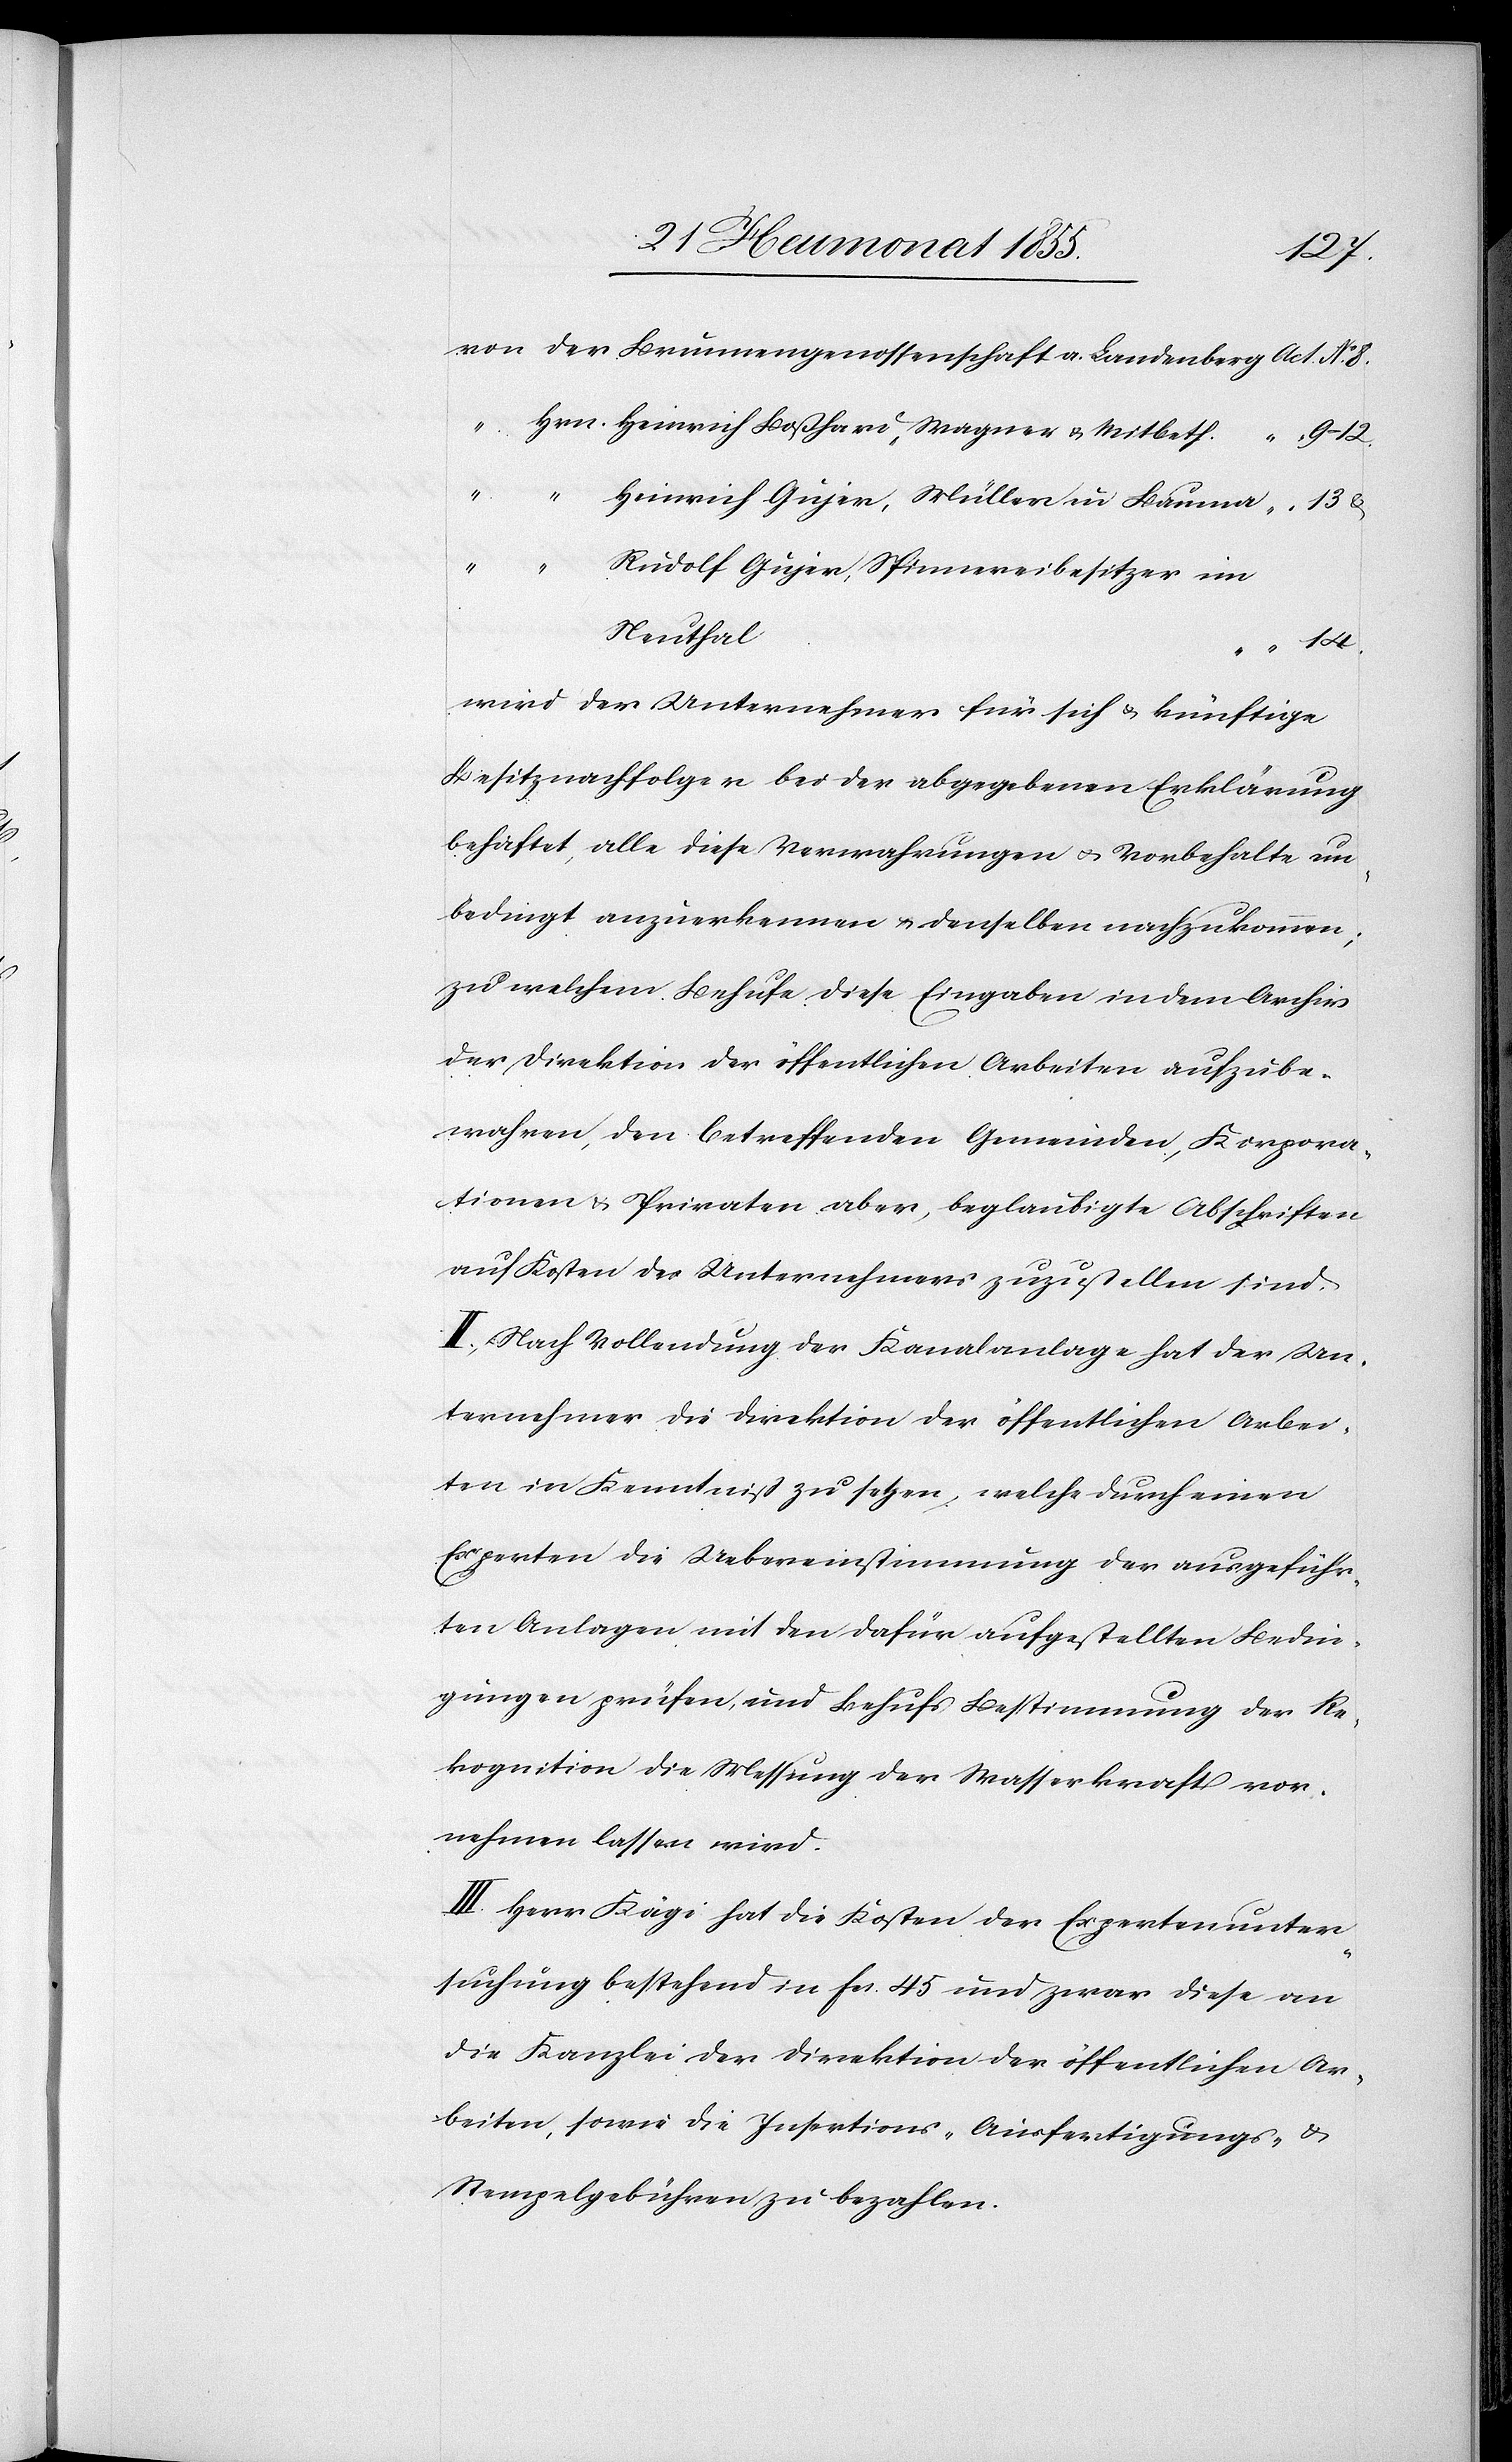
von der Brunnengenossenschaft a. Landenberg
Hrn. Heinrich Boßhard, Wagner & Mitbeth.
9–12.
“ “ Heinrich Gujer, Müller in Bauma
13 &
“ “
Rudolf Gujer, Spinnereibesitzer im
Neuthal
14.
wird der Unternehmer für sich & künftige
Besitznachfolger bei der abgegebenen Erklärung
behaftet, alle diese Verwahrungen & Vorbehalte un¬
bedingt anzuerkennen & denselben nachzukommen;
zu welchem Behufe diese Eingaben in dem Archiv
der Direktion der öffentlichen Arbeiten aufzube¬
wahren, den betreffenden Gemeinden, Korpora¬
tionen & Privaten aber, beglaubigte Abschriften
auf Kosten des Unternehmers zuzustellen sind.
II, Nach Vollendung der Kanalanlage hat der Un¬
ternehmer die Direktion der öffentlichen Arbei¬
ten in Kenntniß zu setzen, welche durch einen
Experten die Uebereinstimmung der ausgeführ¬
ten Anlagen mit den dafür aufgestellten Bedin¬
gungen prüfen, und Behufs Bestimmung der Re¬
kognition die Messung der Wasserkraft vor¬
nehmen lassen wird.
III. Herr Kägi hat die Kosten der Expertenunter¬
suchung bestehend in Fcs. 45 und zwar diese an
die Kanzlei der Direktion der öffentlichen Ar¬
beiten, sowie die Insertions-[,] Ausfertigungs- &
Stempelgebühren zu bezahlen.